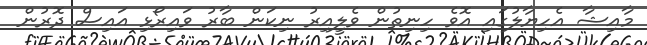
މާއިޝާ އެހިޔާލުގައި އޮވެ ހިނިތުން ވެލީއިރު ނިކަން ބާރު ވައިރޯޅި އައިސް ދޮރުން